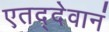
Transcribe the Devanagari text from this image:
एतद्देवानं